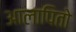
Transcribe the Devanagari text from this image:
आलापितो